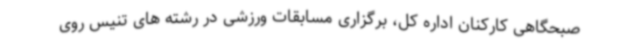
صبحگاهی کارکنان اداره کل، برگزاری مسابقات ورزشی در رشته های تنیس روی